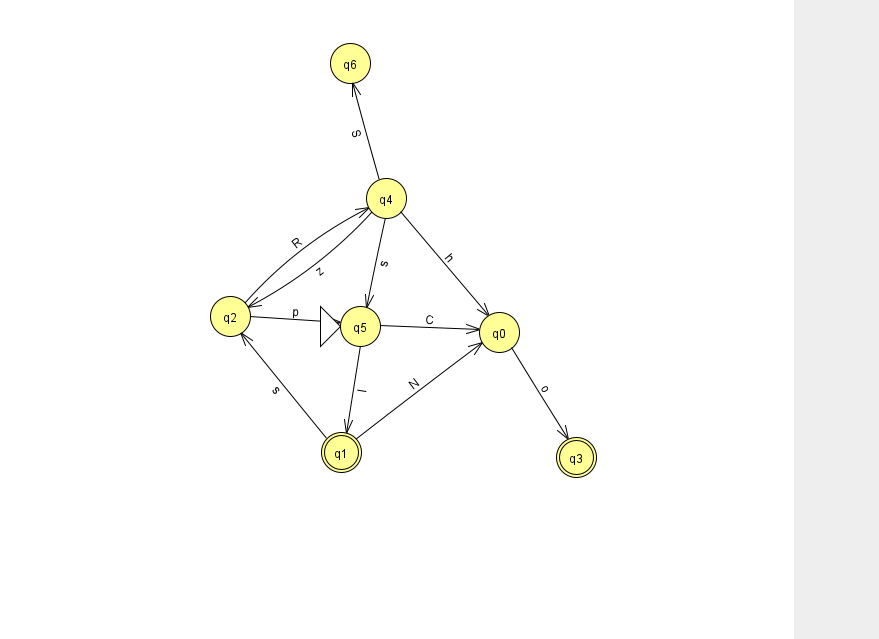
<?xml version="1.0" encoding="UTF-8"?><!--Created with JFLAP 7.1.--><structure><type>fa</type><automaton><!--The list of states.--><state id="0" name="q0"><x>499.0</x><y>319.0</y></state><state id="1" name="q1"><x>341.0</x><y>439.0</y><final/></state><state id="2" name="q2"><x>230.0</x><y>303.0</y></state><state id="3" name="q3"><x>576.0</x><y>444.0</y><final/></state><state id="4" name="q4"><x>386.0</x><y>185.0</y></state><state id="5" name="q5"><x>360.0</x><y>313.0</y><initial/></state><state id="6" name="q6"><x>350.0</x><y>50.0</y></state><!--The list of transitions.--><transition><from>2</from><to>4</to><read>R</read></transition><transition><from>5</from><to>1</to><read>I</read></transition><transition><from>1</from><to>2</to><read>s</read></transition><transition><from>0</from><to>3</to><read>o</read></transition><transition><from>5</from><to>0</to><read>C</read></transition><transition><from>4</from><to>2</to><read>z</read></transition><transition><from>2</from><to>5</to><read>p</read></transition><transition><from>1</from><to>0</to><read>N</read></transition><transition><from>4</from><to>0</to><read>h</read></transition><transition><from>4</from><to>6</to><read>S</read></transition><transition><from>4</from><to>5</to><read>s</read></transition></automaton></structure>